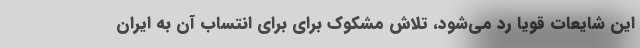
این شایعات قویا رد می‌شود، تلاش مشکوک برای برای انتساب آن به ایران